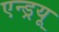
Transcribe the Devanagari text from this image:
एन्‍ड्रयू